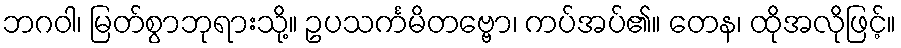
ဘဂဝါ၊ မြတ်စွာဘုရားသို့။ ဥပသင်္ကမိတဗ္ဗော၊ ကပ်အပ်၏။ တေန၊ ထိုအလိုဖြင့်။